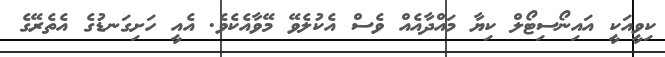
ކިވީއަކީ އައިނޯސިޓޯލް ކިޔާ މައްދާއެއް ވެސް އެކުލެވޭ މޭވާއެކެވެ. އެއީ ހަށިގަނޑުގެ އެތެރޭގެ